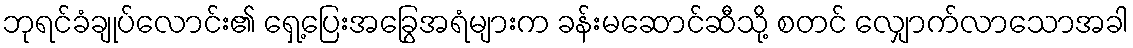
ဘုရင်ခံချုပ်လောင်း၏ ရှေ့ပြေးအခြွေအရံများက ခန်းမဆောင်ဆီသို့ စတင် လျှောက်လာသောအခါ